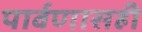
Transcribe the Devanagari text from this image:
पार्वणासही